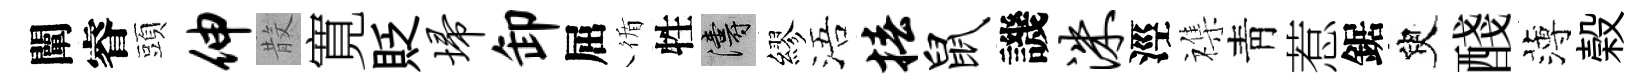
闡睿頭伸𣪚寛貶埽卸屈循牲濤繆浯椿鼠譏洙涇襍靑惹鋸臾醆薄榖